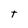
Character: T